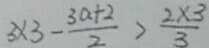
3 \times 3 - \frac { 3 a + 2 } { 2 } > \frac { 2 \times 3 } { 3 }